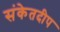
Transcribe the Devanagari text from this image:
संकेतदीप